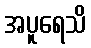
အပူရေသိ